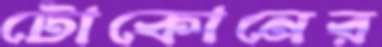
টোকোনের